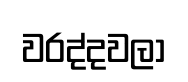
වරද්දවලා